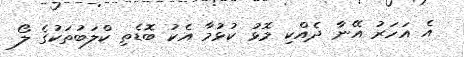
އެ އަހަރު އޭނާ ދެއްކި މޮޅު ކުޅުމާ އެކު ބޮޑެތި ކްލަބުތަކުގެ ލޯ